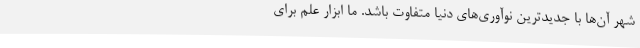
شهر آن‌ها با جدیدترین نوآوری‌های دنیا متفاوت باشد. ما ابزار علم برای